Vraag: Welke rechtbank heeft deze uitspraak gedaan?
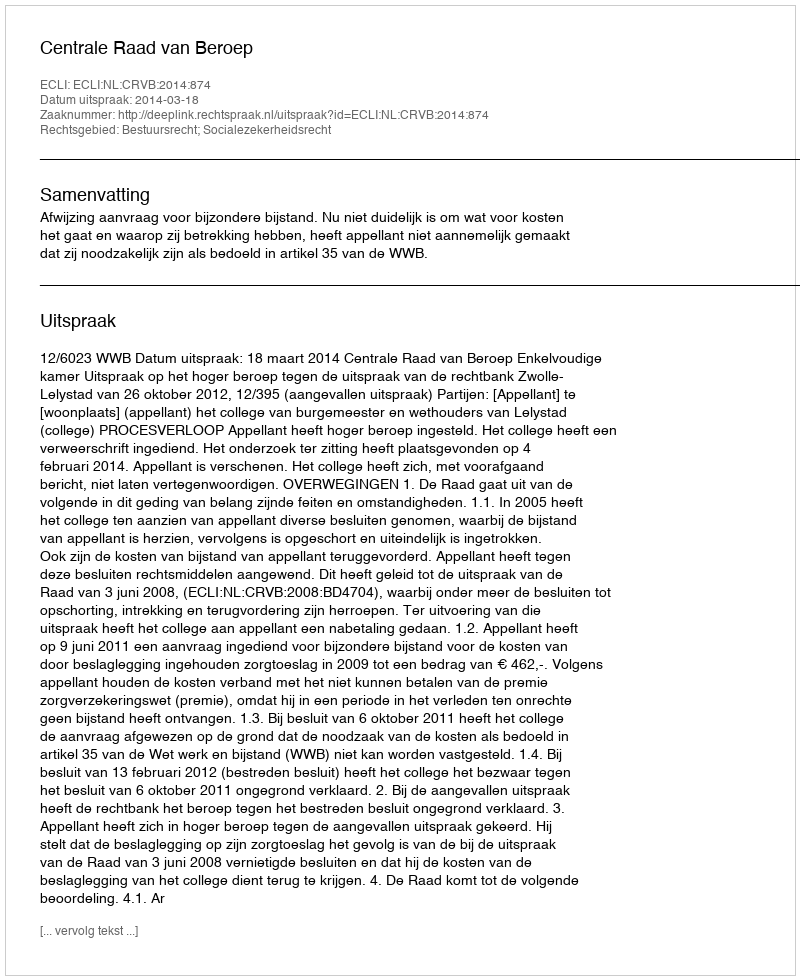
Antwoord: Centrale Raad van Beroep